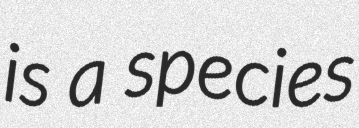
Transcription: is a species